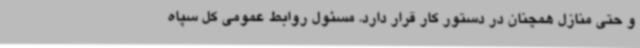
و حتی منازل همچنان در دستور کار قرار دارد. مسئول روابط عمومی کل سپاه